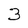
Character: 3